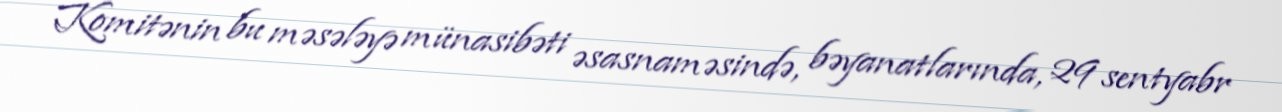
Komitənin bu məsələyə münasibəti əsasnaməsində, bəyanatlarında, 29 sentyabr